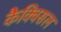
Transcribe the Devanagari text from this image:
कैक्विसल